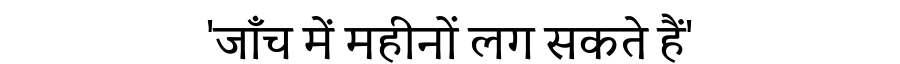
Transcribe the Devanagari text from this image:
'जाँच में महीनों लग सकते हैं'